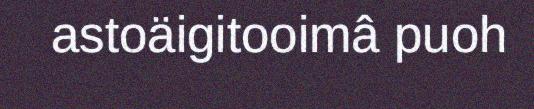
astoäigitooimâ puoh